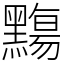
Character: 䵰